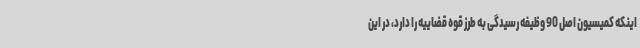
اینکه کمیسیون اصل 90 وظیفه رسیدگی به طرز قوه قضاییه را دارد، در این